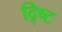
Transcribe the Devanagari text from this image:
द्र्ष्टि